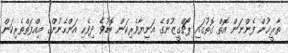
ތާރީޚުން ފެންނަން އޮތް ގޮތުގައި ޕޯޗްގީޒުންގެ އަނިޔާވެރިކަން ބޮޑުވެ ދިވެހި އަންހެނުންގެ އިއްފަތްތެރިކަން